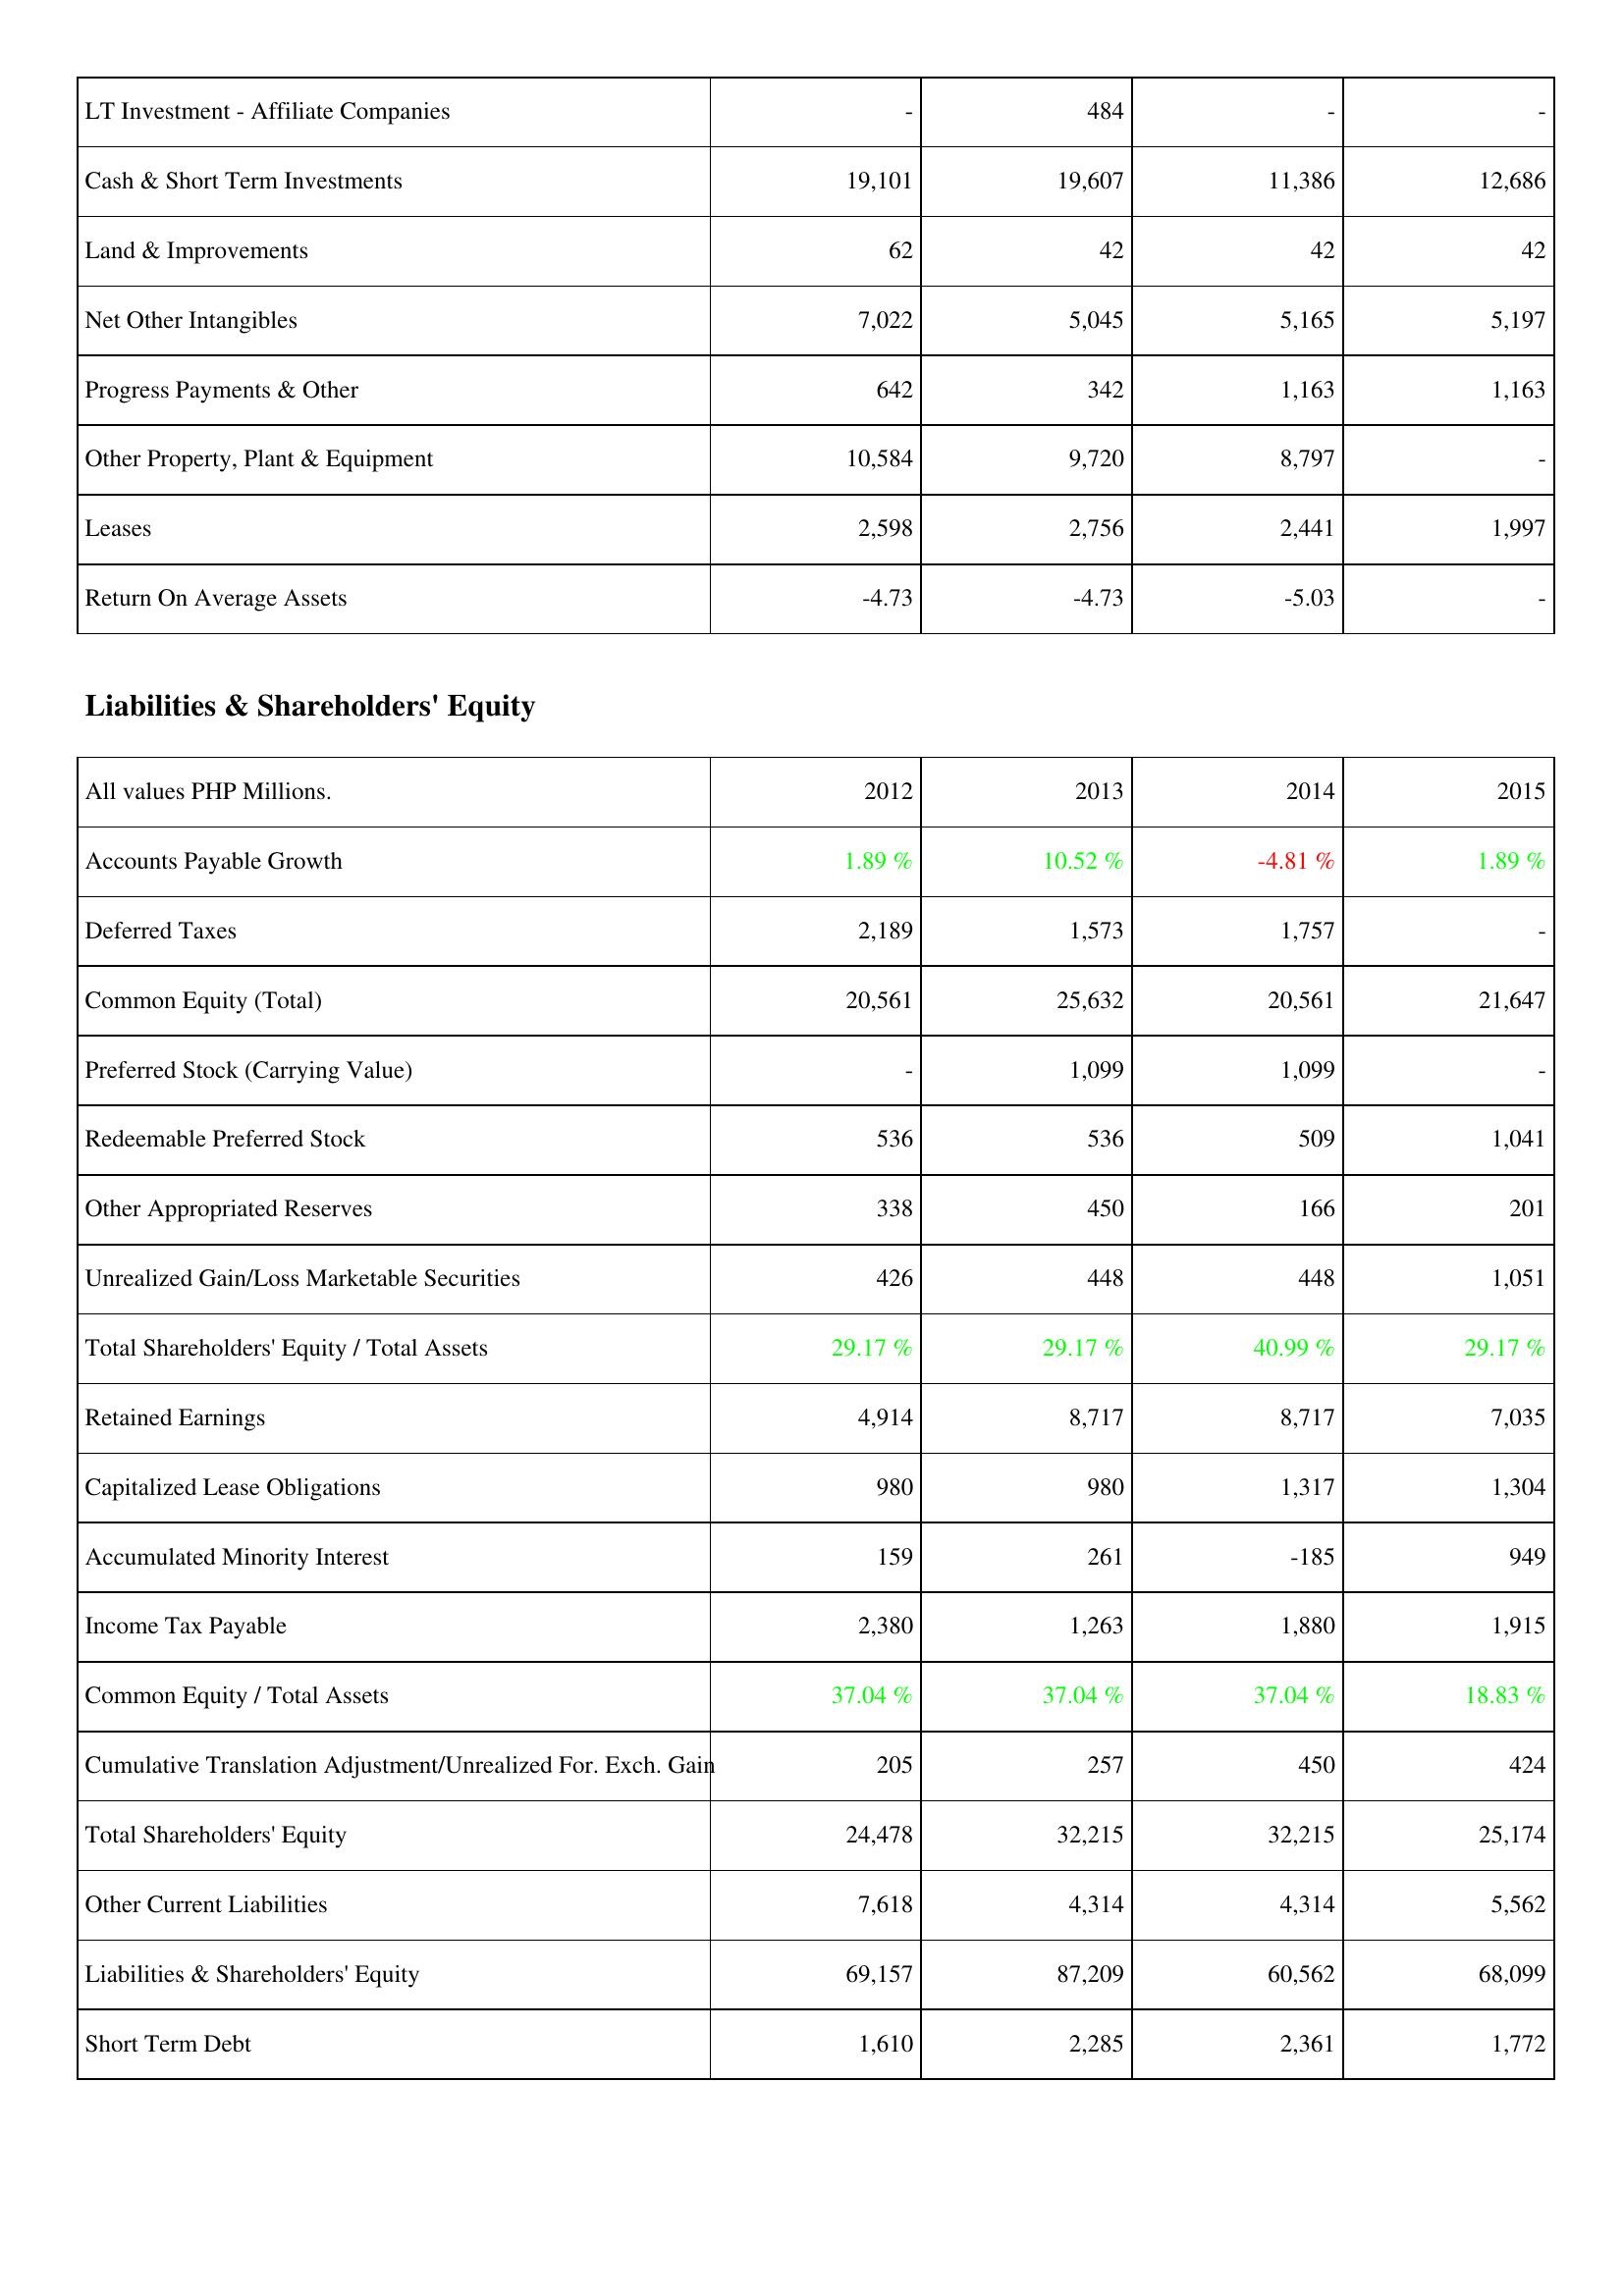
2012: Assets: LT Investment - Affiliate Companies: -
Cash & Short Term Investments: 19,101
Land & Improvements: 62
Net Other Intangibles: 7,022
Progress Payments & Other: 642
Other Property, Plant & Equipment: 10,584
Leases: 2,598
Return On Average Assets: -4.73
Liabilities & Shareholders' Equity: Accounts Payable Growth: 1.89 %
Deferred Taxes: 2,189
Common Equity (Total): 20,561
Preferred Stock (Carrying Value): -
Redeemable Preferred Stock: 536
Other Appropriated Reserves: 338
Unrealized Gain/Loss Marketable Securities: 426
Total Shareholders' Equity / Total Assets: 29.17 %
Retained Earnings: 4,914
Capitalized Lease Obligations: 980
Accumulated Minority Interest: 159
Income Tax Payable: 2,380
Common Equity / Total Assets: 37.04 %
Cumulative Translation Adjustment/Unrealized For. Exch. Gain: 205
Total Shareholders' Equity: 24,478
Other Current Liabilities: 7,618
Liabilities & Shareholders' Equity: 69,157
Short Term Debt: 1,610
2013: Assets: LT Investment - Affiliate Companies: 484
Cash & Short Term Investments: 19,607
Land & Improvements: 42
Net Other Intangibles: 5,045
Progress Payments & Other: 342
Other Property, Plant & Equipment: 9,720
Leases: 2,756
Return On Average Assets: -4.73
Liabilities & Shareholders' Equity: Accounts Payable Growth: 10.52 %
Deferred Taxes: 1,573
Common Equity (Total): 25,632
Preferred Stock (Carrying Value): 1,099
Redeemable Preferred Stock: 536
Other Appropriated Reserves: 450
Unrealized Gain/Loss Marketable Securities: 448
Total Shareholders' Equity / Total Assets: 29.17 %
Retained Earnings: 8,717
Capitalized Lease Obligations: 980
Accumulated Minority Interest: 261
Income Tax Payable: 1,263
Common Equity / Total Assets: 37.04 %
Cumulative Translation Adjustment/Unrealized For. Exch. Gain: 257
Total Shareholders' Equity: 32,215
Other Current Liabilities: 4,314
Liabilities & Shareholders' Equity: 87,209
Short Term Debt: 2,285
2014: Assets: LT Investment - Affiliate Companies: -
Cash & Short Term Investments: 11,386
Land & Improvements: 42
Net Other Intangibles: 5,165
Progress Payments & Other: 1,163
Other Property, Plant & Equipment: 8,797
Leases: 2,441
Return On Average Assets: -5.03
Liabilities & Shareholders' Equity: Accounts Payable Growth: -4.81 %
Deferred Taxes: 1,757
Common Equity (Total): 20,561
Preferred Stock (Carrying Value): 1,099
Redeemable Preferred Stock: 509
Other Appropriated Reserves: 166
Unrealized Gain/Loss Marketable Securities: 448
Total Shareholders' Equity / Total Assets: 40.99 %
Retained Earnings: 8,717
Capitalized Lease Obligations: 1,317
Accumulated Minority Interest: -185
Income Tax Payable: 1,880
Common Equity / Total Assets: 37.04 %
Cumulative Translation Adjustment/Unrealized For. Exch. Gain: 450
Total Shareholders' Equity: 32,215
Other Current Liabilities: 4,314
Liabilities & Shareholders' Equity: 60,562
Short Term Debt: 2,361
2015: Assets: LT Investment - Affiliate Companies: -
Cash & Short Term Investments: 12,686
Land & Improvements: 42
Net Other Intangibles: 5,197
Progress Payments & Other: 1,163
Other Property, Plant & Equipment: -
Leases: 1,997
Return On Average Assets: -
Liabilities & Shareholders' Equity: Accounts Payable Growth: 1.89 %
Deferred Taxes: -
Common Equity (Total): 21,647
Preferred Stock (Carrying Value): -
Redeemable Preferred Stock: 1,041
Other Appropriated Reserves: 201
Unrealized Gain/Loss Marketable Securities: 1,051
Total Shareholders' Equity / Total Assets: 29.17 %
Retained Earnings: 7,035
Capitalized Lease Obligations: 1,304
Accumulated Minority Interest: 949
Income Tax Payable: 1,915
Common Equity / Total Assets: 18.83 %
Cumulative Translation Adjustment/Unrealized For. Exch. Gain: 424
Total Shareholders' Equity: 25,174
Other Current Liabilities: 5,562
Liabilities & Shareholders' Equity: 68,099
Short Term Debt: 1,772